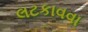
લટકાવવા